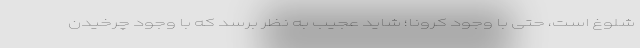
شلوغ است، حتی با وجود کرونا؛ شاید عجیب به نظر برسد که با وجود چرخیدن